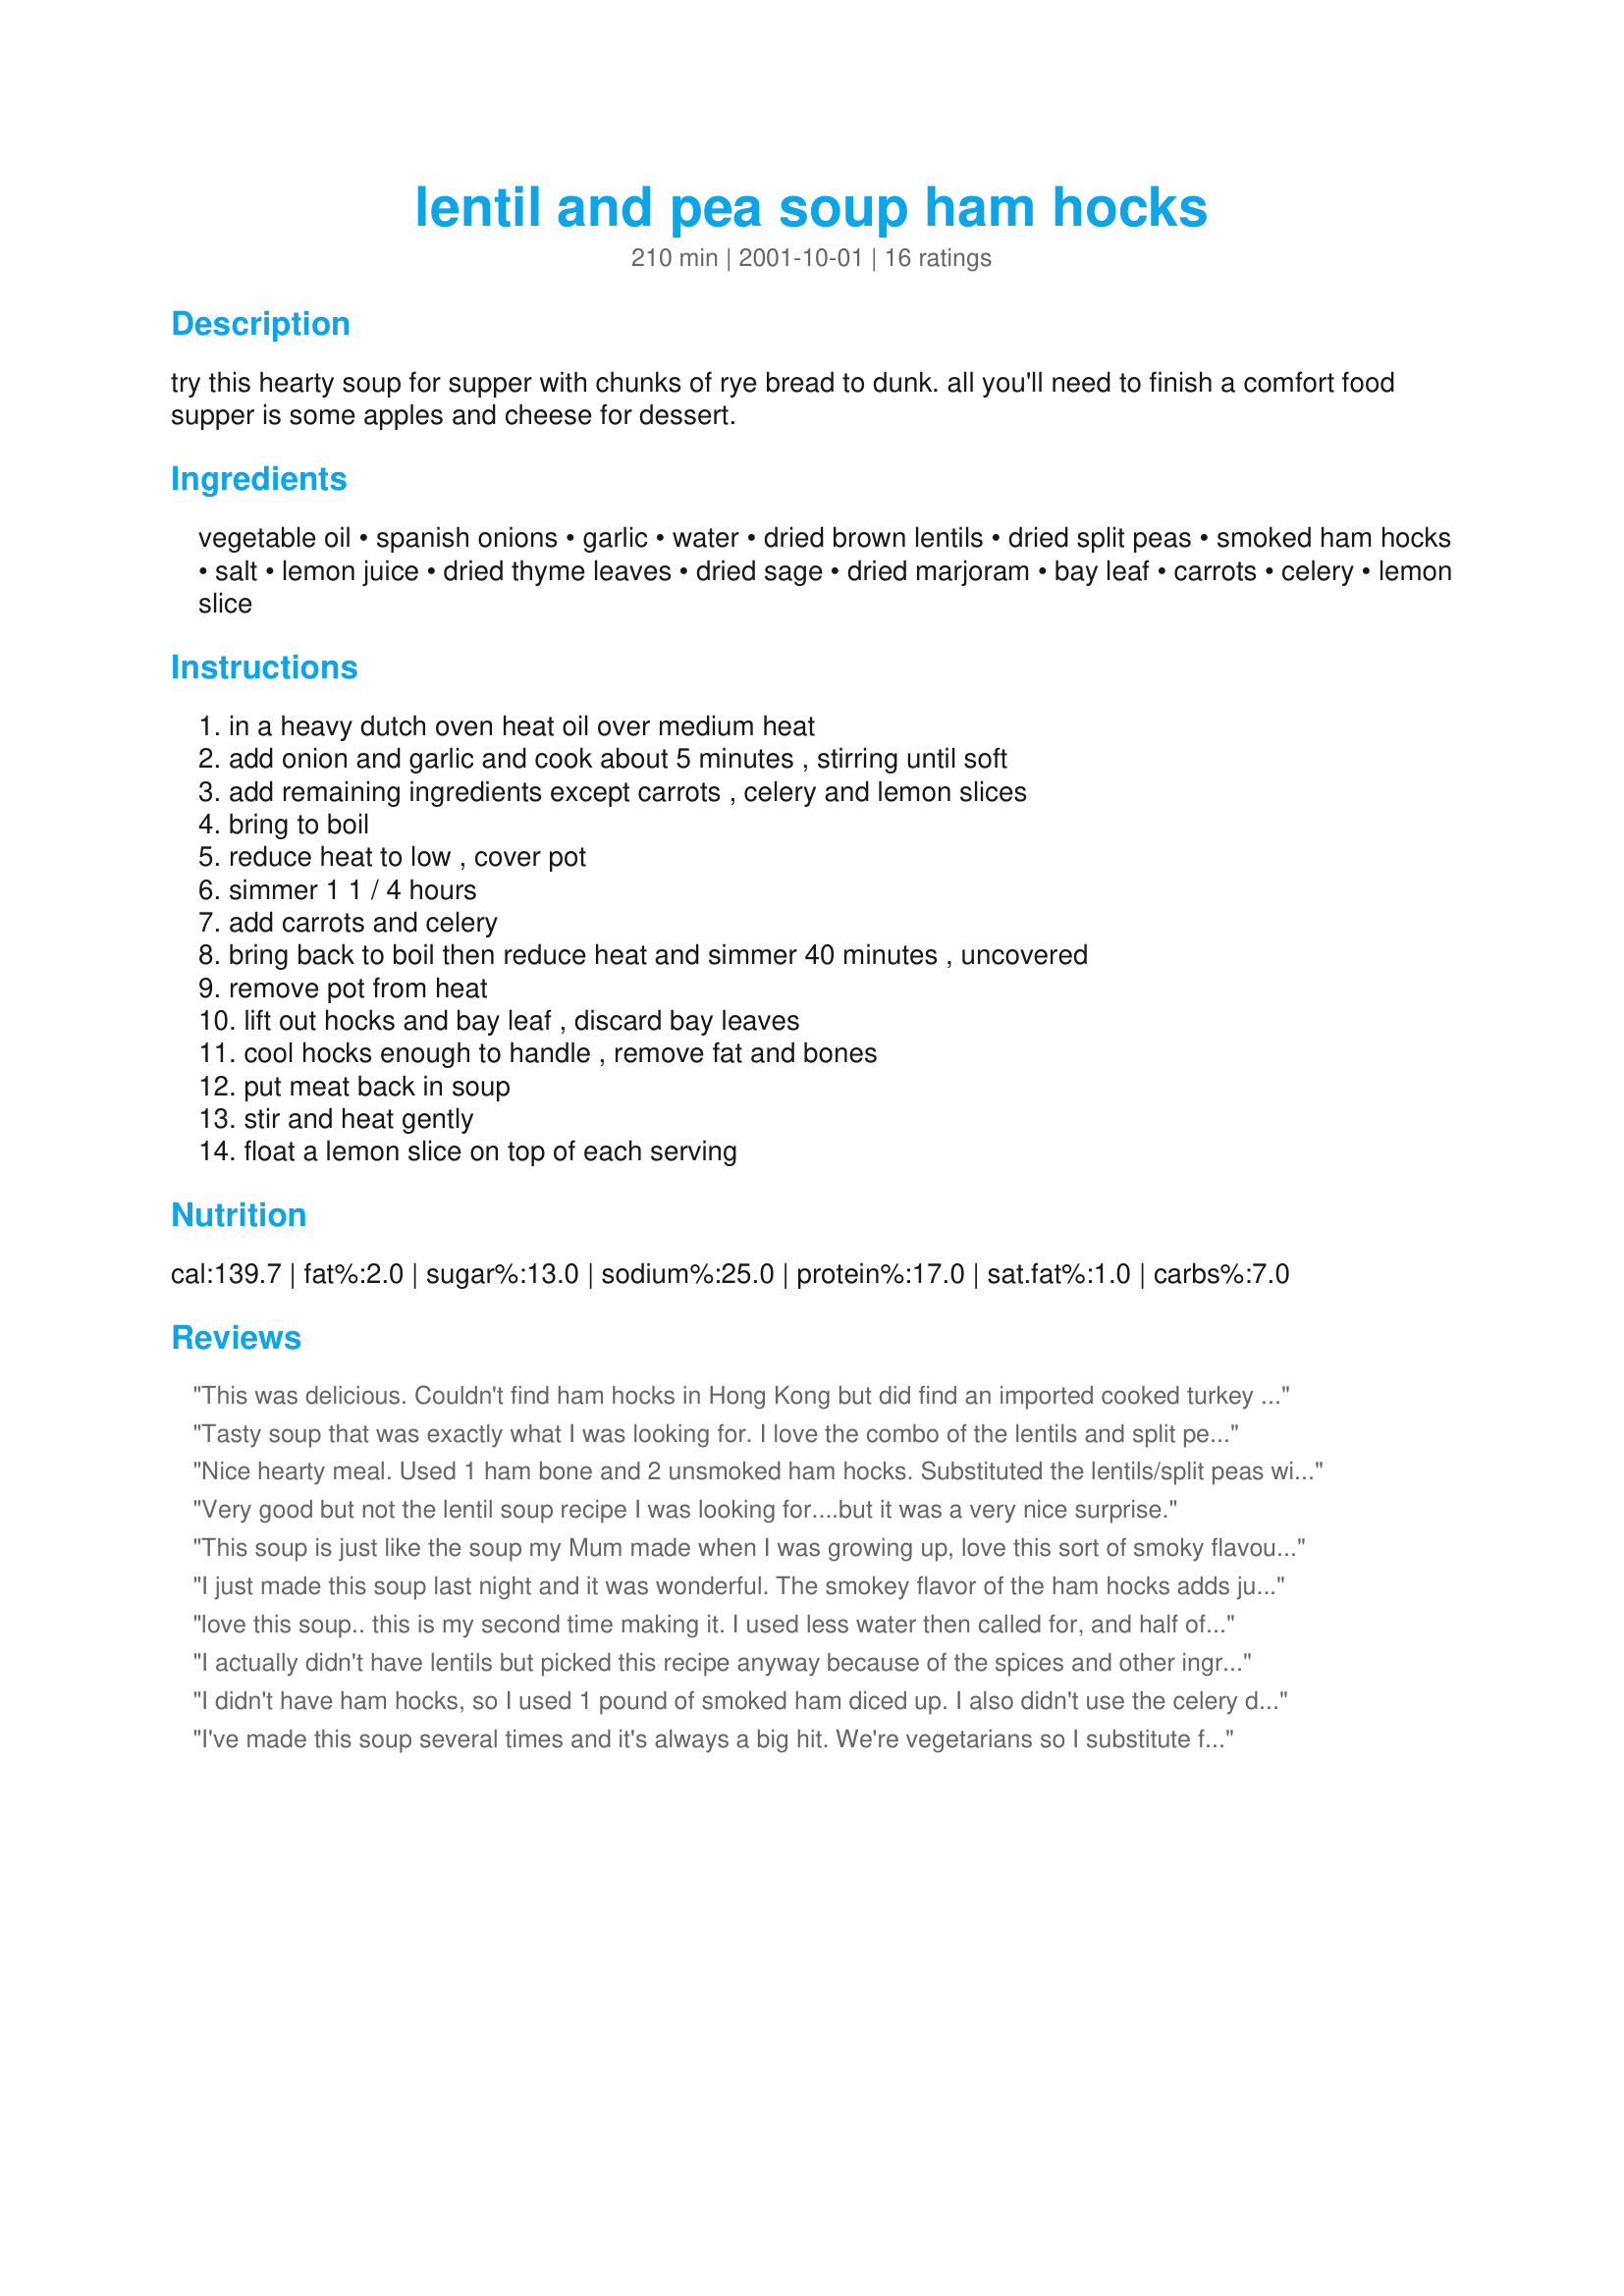
lentil and pea soup ham hocks
Preparation time: 210 minutes

try this hearty soup for supper with chunks of rye bread to dunk. all you'll need to finish a comfort food supper is some apples and cheese for dessert.

Ingredients:
vegetable oil, spanish onions, garlic, water, dried brown lentils, dried split peas, smoked ham hocks, salt, lemon juice, dried thyme leaves, dried sage, dried marjoram, bay leaf, carrots, celery, lemon slice

Steps:
in a heavy dutch oven heat oil over medium heat, add onion and garlic and cook about 5 minutes , stirring until soft, add remaining ingredients except carrots , celery and lemon slices, bring to boil, reduce heat to low , cover pot, simmer 1 1 / 4 hours, add carrots and celery, bring back to boil then reduce heat and simmer 40 minutes , uncovered, remove pot from heat, lift out hocks and bay leaf , discard bay leaves, cool hocks enough to handle , remove fat and bones, put meat back in soup, stir and heat gently, float a lemon slice on top of each serving

Reviews:
This was delicious. Couldn't find ham hocks in Hong Kong but did find an imported cooked turkey leg and it turned out beautifully. Makes a large quantity, so cut it in half if you don't want to be eating it all week, or try freezing it.
Tasty soup that was exactly what I was looking for. I love the combo of the lentils and split peas, and the ham hocks make it super tasty.
Nice hearty meal. Used 1 ham bone and 2 unsmoked ham hocks. Substituted the lentils/split peas with a 450g Golden Harvest Soup Mix consisting of yellow/green split peas,alphabet pasta, pearl barley, long grain rice and red lentils.
Very good but not the lentil soup recipe I was looking for....but it was a very nice surprise.
This soup is just like the soup my Mum made when I was growing up, love this sort of smoky flavour in soups, and also the pea and lentil texture.
I used 2 ham hocks as the two of them weighed 3 1/2 lbs. This made a huge pot and is very filling.
Delicious!
I just made this soup last night and it was wonderful. The smokey flavor of the ham hocks adds just the right touch. For the base, I added 6 cups low fat chicken broth and then added 6 cups water. I also added thinly sliced Kielbasa sausage during the last half hour, for my husband the carnivore! We dunked bits of Foccacia in ours.
love this soup.. this is my second time making it. I used less water then called for, and half of that was chicken broth. I added extra onion also.thanks for a great recipe.
I actually didn't have lentils but picked this recipe anyway because of the spices and other ingredients. I'm glad I tried it! I used 2c split peas, 4c water, 4 or 5c Chicken broth. I cut the celery VERY tiny, same with the onion and added both in the beginning then carrots later. The soup wasn't the thick consistency I was hoping for at first so I took the lid off and reduced it. I was unable to find a ham hock and had to use a smoked &quot;ham steak&quot; instead. The result was a thick, rich, well flavored soup that my &quot;split-pea-soup-hating-neighbor&quot; actually loved! My husband has already requested I make this again and I can't imagine it being any better with a real ham hock but we shall see.....Thanks for sharing this.
I didn't have ham hocks, so I used 1 pound of smoked ham diced up. I also didn't use the celery due to allergy. This was tasty, but I wasn't happy with the texture. We used only 8 cups of water and it was still watery. Also I didn't have lentils so I used some yellow peas and more green peas. 
Also I cooked this in my crock pot. We had this as the main course for a birthday party and the pot was literally licked clean! Thanks Derf!
I've made this soup several times and it's always a big hit. We're vegetarians so I substitute fake ham flavoring for the ham hocks. I also make it in a pressure cooker to save time - takes about 20 minutes and we're ready to eat! The spices really blend well in this soup and give it a very savory flavor.
I'm going back to the store and buying two more ham hocks! This was GREAT. Dorothy, the kids even liked it, pea soup. Can you believe that! I've never put lentils in pea soup before. This is a nice combination of the two flavors.
We've never tried anything like this and were happy with the results. We also replaced 6 cups of the water with fat free chicken broth . Instead of the ham hocks, we used 99% fat free ham steak. Very yummy...and very healthy!! Especially if it is a cold day outside.
I didn't make it exactly as indicated but the bones are there! I think the best part was to use smoked ham hocks--they really made a difference.
Fabulous! I loved this hearty soup. I used cubed ham instead of hamhocks and it had a wonderful flavor! I will definitely make this a lot during the cold weather!
I just finished making this soup, I'm eating a bowl right this minute...it is SO good!!! This soup is right up my alley. I made a double batch so that I can have some in the ol' freezer. I can't wait for my sweetie to come home because I know he will be in love. I am loving this smokey flavour from the ham hocks!! Oh yeah, my lentils were red not brown (are they the same?) and they disappeared into the soup along with the peas.
Thanks for the recipe, I love it!!
I didn't blend it because I cut up a joint of ham and added it in early. Tastes good unblended too!
